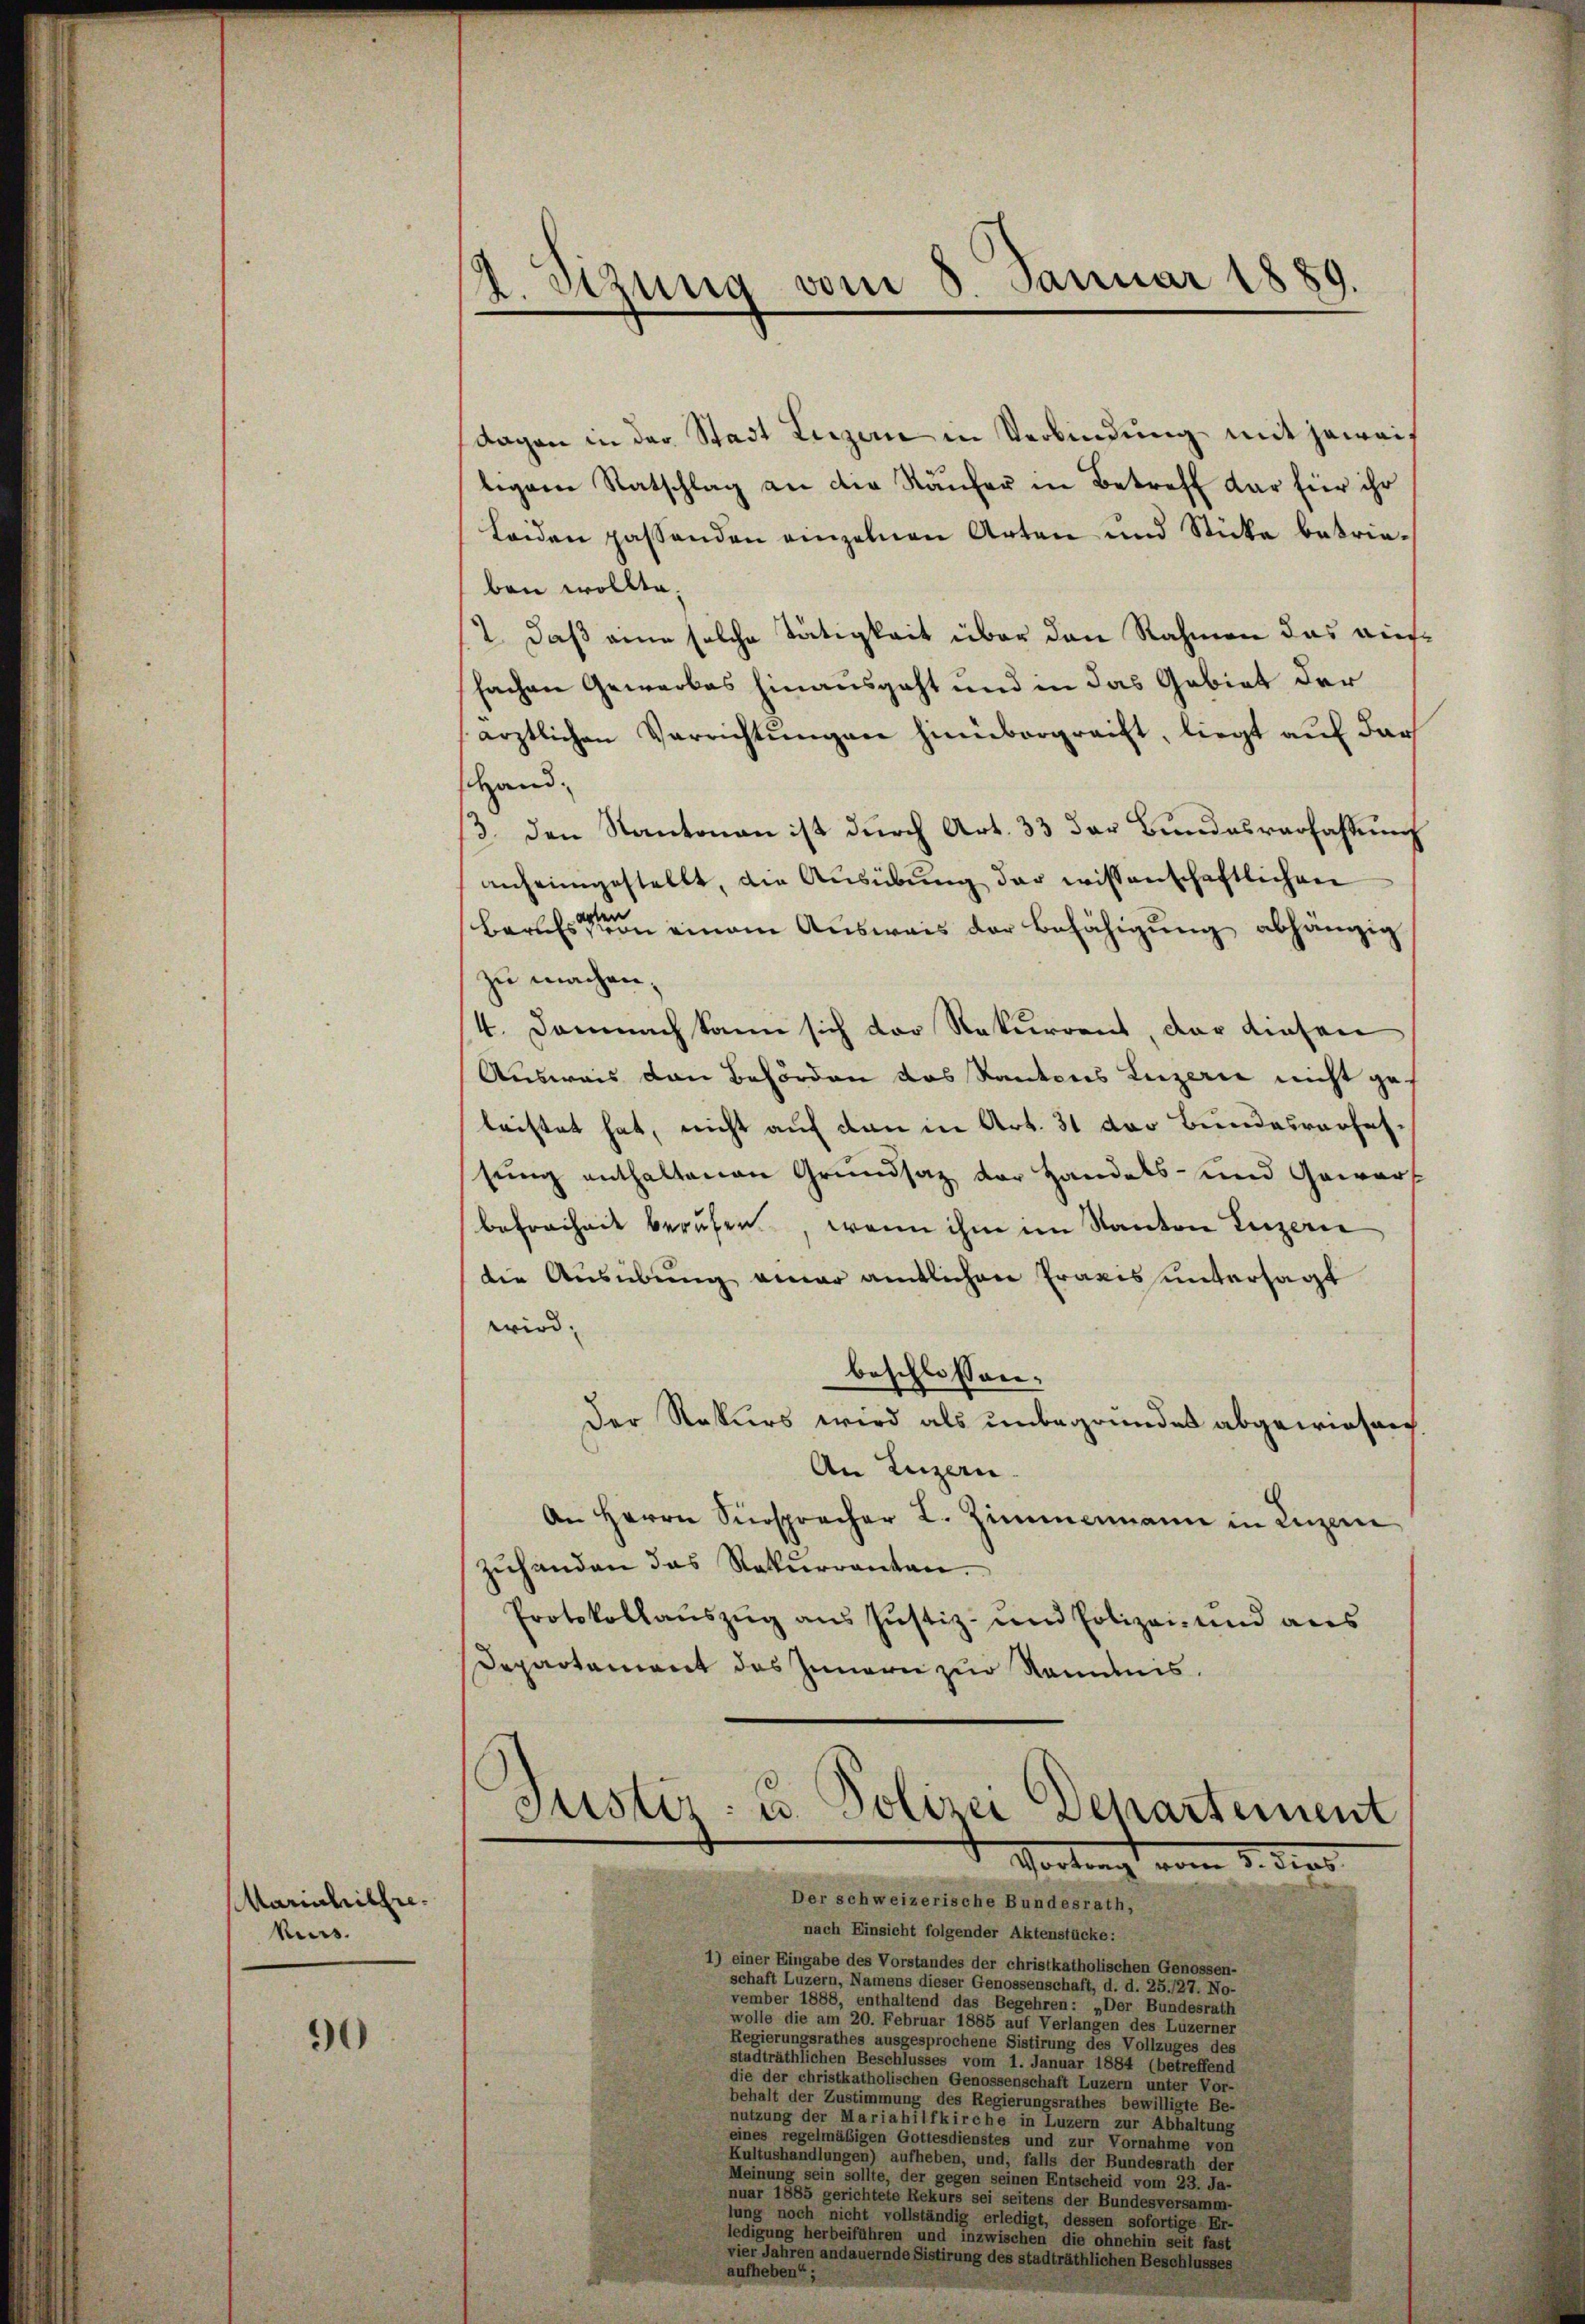
Mariahilhiekurs.

90

A sizung vom 8. Januar 1889.

dagen in der Stadt Luzern in Verbindung mit jeweis
ligem Ratschlag an die Käufer in Betreff dar für ihr
leiden passenden einzelnen Arten und Stücke betrieben wollte.
2. daß eine solche Tätigkeit über den Rahmen das auffachen Gewerkes hinausgeht und in das Gebiet der
ärztlichen Verrichtungen hinübergreift, liegt auf dar
Hand¬
/3. den Kantonau ist durch Art. 33 der Bundesverfassung
anheimgestellt, die Aŭsübŭng der wissenschaftlichen
Barchsten einem Ausweis der Befähigung abhängig
zu machen,
4. Demnach kann sich der Rekurrent, der diesen
Ausweis den Behörden das Kantons Luzerne nicht ges
leistet hat, nicht auf den in Art. 31 der Bundesverhafsung enthaltenen Grundsaz der Handels- und Gewart
befreiheit berufen, wenn ihm im Kanton Luzern
die Ausübung einer amtlichen Praxis untersagt
wird.
beschlossen:
Der Rekurs wird als unbegründet abgewiesen
An Luzern.
An Herrn Fürspracher L. Zimmermann in Luzern
zŭhanden das Rekurrenten.
Protokollauszug aus Justiz- und Polizei- und aus
Departement des Innern zur Ramdis.
Justiz- u. Polizei Departement
 Vortragt vom 2. den
Der schweizerische Bundesrath,
nach Einsicht folgender Aktenstücke:
1) einer Eingabe des Vorstandes der christkatholischen Genossen-
schaft Luzern, Namens dieser Genossenschaft, d. d. 25./27. No-
vember 1888, enthaltend das Begehren: „Der Bundesrath
wolle die am 20. Februar 1885 auf Verlangen des Luzerner
Regierungsrathes ausgesprochene Sistirung des Vollzuges des
stadträthlichen Beschlusses vom 1. Januar 1884 (betreffend
die der christkatholischen Genossenschaft Luzern unter Vor-
behalt der Zustimmung des Regierungsrathes bewilligte Be-
nutzung der Mariahilfkirche in Luzern zur Abhaltung
eines regelmäßigen Gottesdienstes und zur Vornahme von
Kultushandlungen) aufheben, und, falls der Bundesrath der
Meinung sein sollte, der gegen seinen Entscheid vom 23. Ja-
nuar 1885 gerichtete Rekurs sei seitens der Bundesversamm-
lung noch nicht vollständig erledigt, dessen sofortige Er-
ledigung herbeiführen und inzwischen die ohnehin seit fast
vier Jahren andauernde Sistirung des stadträthlichen Beschlusses
aufheben“;